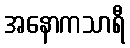
အနောကသာရီ